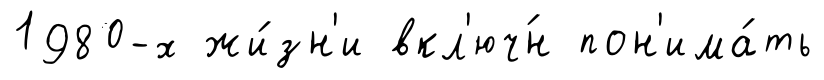
1980-х жи́зн'и вкл'юч́н пон'има́ть